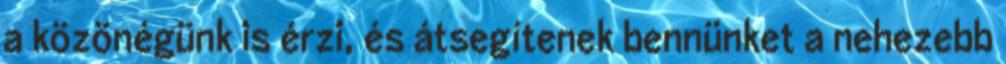
a közönégünk is érzi, és átsegítenek bennünket a nehezebb